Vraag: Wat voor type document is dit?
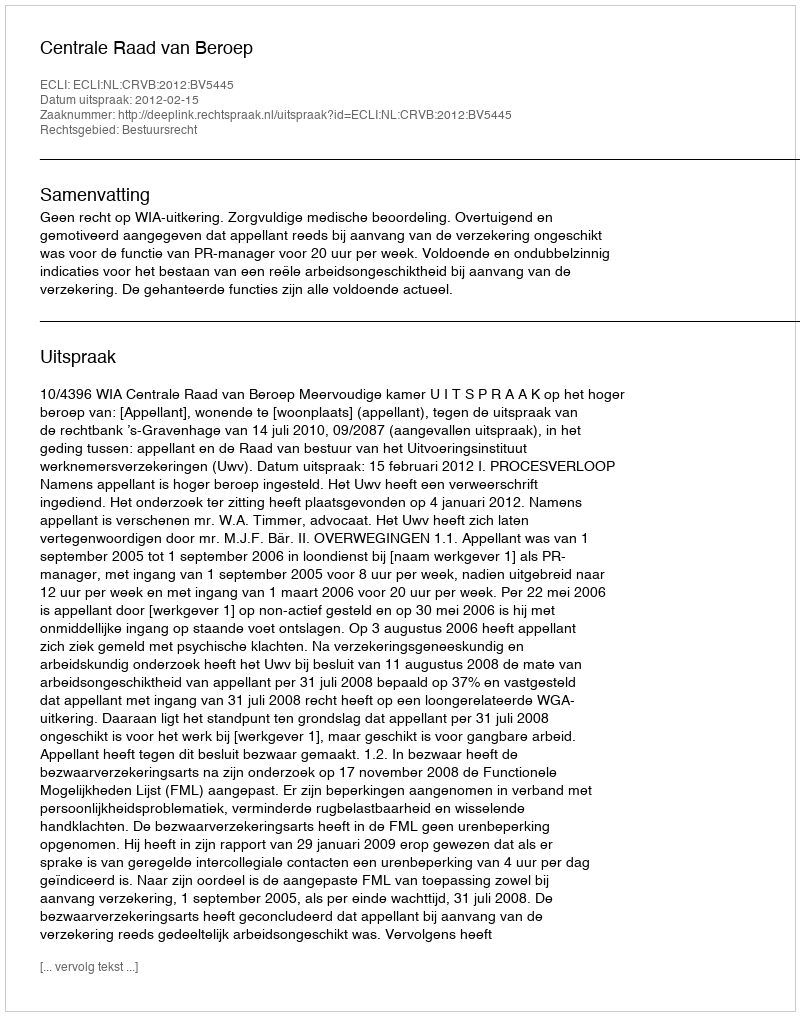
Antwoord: Uitspraak